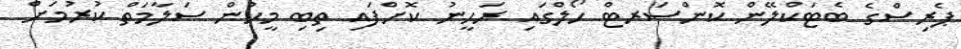
ޕެރިސްގެ ބެޓަކްލޭން ކޮންސަރޓް ހޯލްގައި ރަޙީނު ކޮށްފައި ތިބި މީހުން ސަލާމަތް ކުރުމަށް